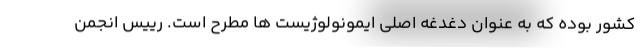
کشور بوده که به عنوان دغدغه اصلی ایمونولوژیست ها مطرح است. رییس انجمن